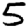
Digit: 5